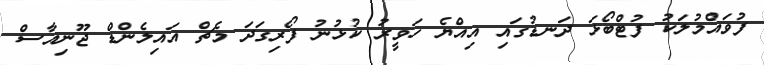
ފުވައްމުލަކު ފުޓްބޯޅަ ދަނޑުގައި އިއްޔެ ހަވީރު ކުޅުނު ފޯރިގަދަ މެޗް އައިލެންޑް ޖޫނިއާސް